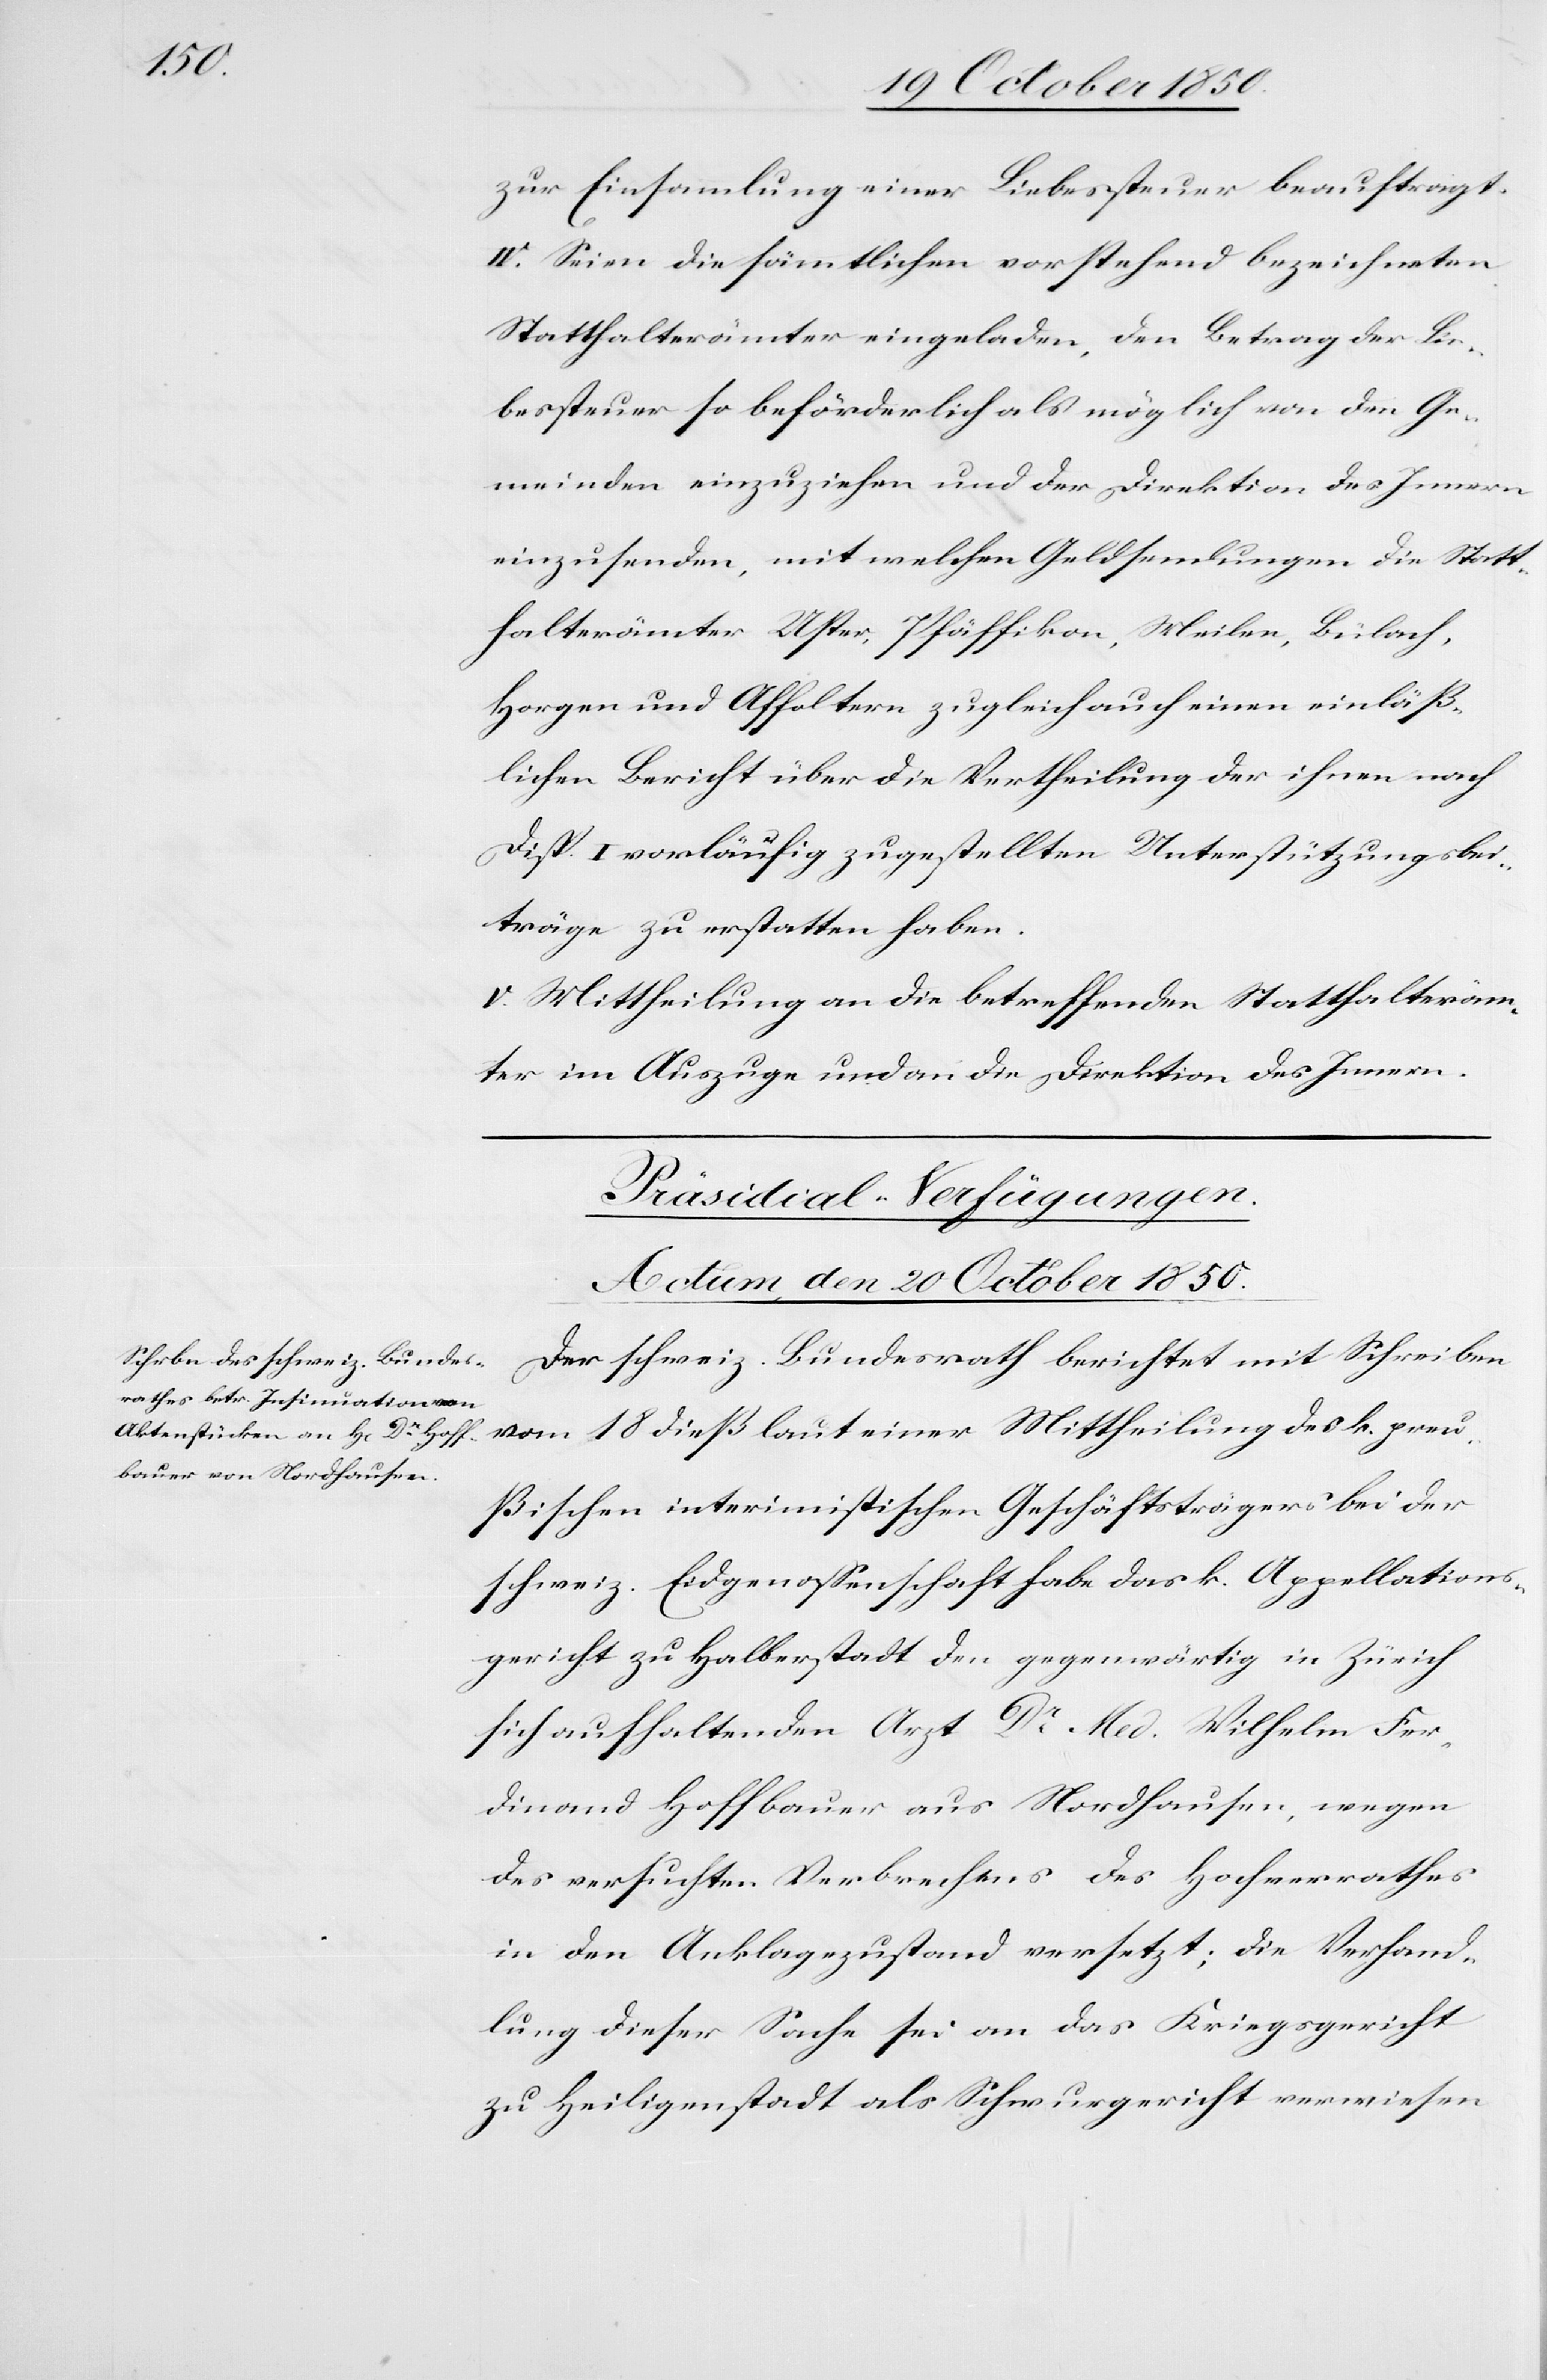
zur Einsammlung einer Liebessteuer beauftragt.
IV. Seien die sämmtlichen vorstehend bezeichneten
Statthalterämter eingeladen, den Betrag der Lie¬
bessteuer so beförderlich als möglich von den Ge¬
meinden einzuziehen und der Direktion des Innern
einzusenden, mit welchen Geldsendungen die Statt¬
halterämter Uster, Pfäffikon, Meilen, Bülach,
Horgen und Affoltern zugleich auch einen einläß¬
lichen Bericht über die Vertheilung der ihnen nach
Disp. I vorläufig zugestellten Unterstützungsbei¬
träge zu erstatten haben.
V. Mittheilung an die betreffenden Statthalteräm¬
ter im Auszuge und an die Direktion des Innern.
Präsidial-Verfügungen.
Actum, den 20 October 1850.
Der schweiz. Bundesrath berichtet mit Schreiben
vom 18 dieß laut einer Mittheilung des k. preu¬
ßischen interimistischen Geschäftsträgers bei der
schweiz. Eidgenossenschaft habe das k. Appellations¬
gericht zu Halberstadt den gegenwärtig in Zürich
sich aufhaltenden Arzt Dr Med. Wilhelm Fer¬
dinand Hoffbauer aus Nordhausen, wegen
des versuchten Verbrechens des Hochverrathes
in den Anklagezustand versetzt; die Verhand¬
lung dieser Sache sei an das Kriegsgericht
zu Heiligenstadt als Schwurgericht verwiesen